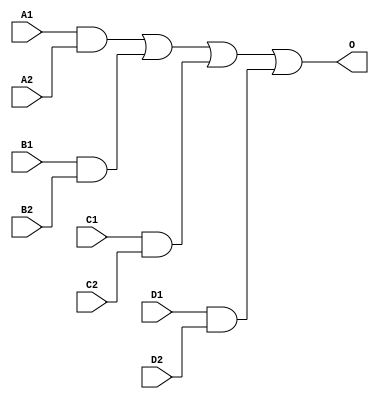
module MJDB2X4B(A1, A2, B1, B2, C1, C2, D1, D2, O);
input   A1;
input   A2;
input   B1;
input   B2;
input   C1;
input   C2;
input   D1;
input   D2;
output  O;
and g0(w0, A1, A2);
and g1(w3, B1, B2);
and g2(w6, C1, C2);
and g3(w9, D1, D2);
or g4(O, w0, w3, w6, w9);
endmodule